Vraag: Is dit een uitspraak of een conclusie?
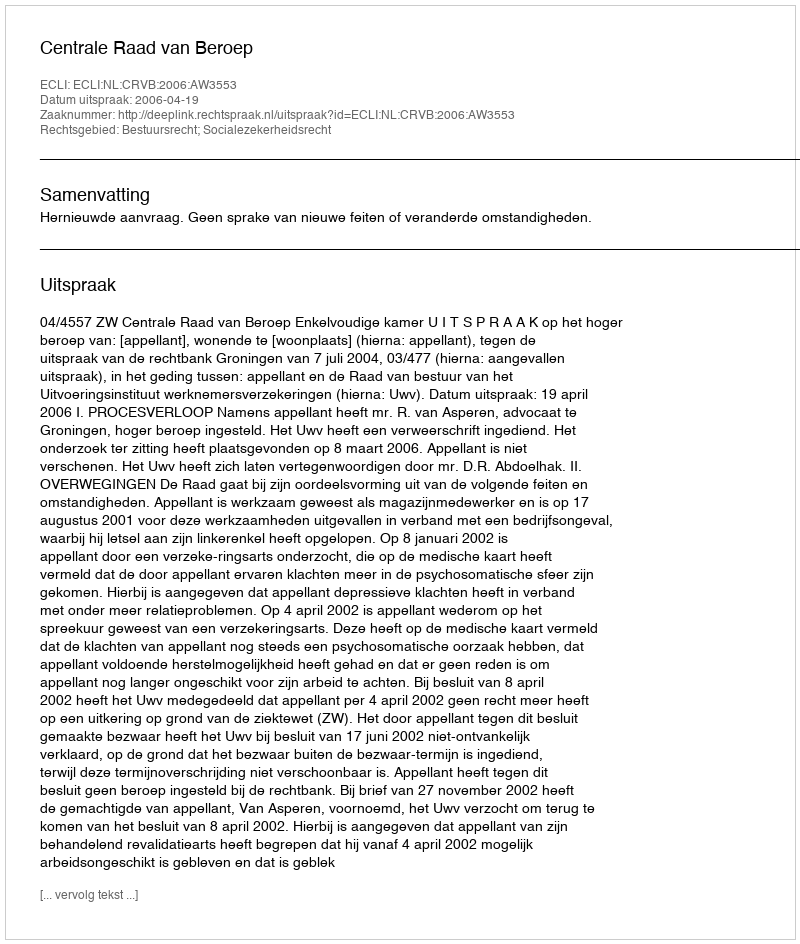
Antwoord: Uitspraak